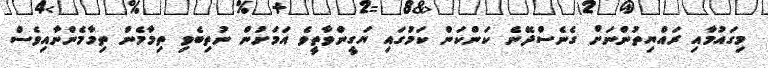
މިގައުމާއި ރައްޔިތުންނަށް ގެނެސްދޭނެ ކަންކަން ކަމުގައި ޔަގީންވާތީވެ އަމަށުން ނުތިބެވި ތިމާމެން ތިމާމެންނާއިވެސް